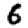
Digit: 6